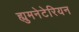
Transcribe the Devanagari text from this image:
ह्युमनेटेरियन